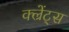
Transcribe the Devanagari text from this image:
क्ल्रेंट्स